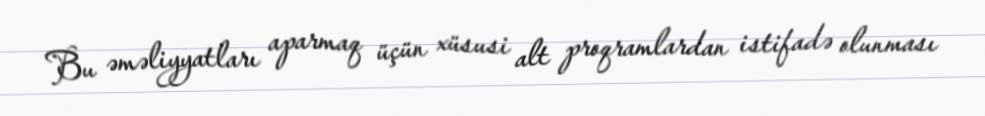
Bu əməliyyatları aparmaq üçün xüsusi alt proqramlardan istifadə olunması